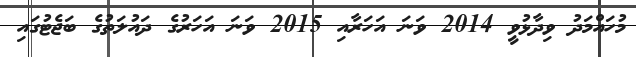
މުހައްމަދު ވިދާޅުވީ 2014 ވަނަ އަހަރާއި 2015 ވަނަ އަހަރުގެ ދައުލަތުގެ ބަޖެޓުގައި